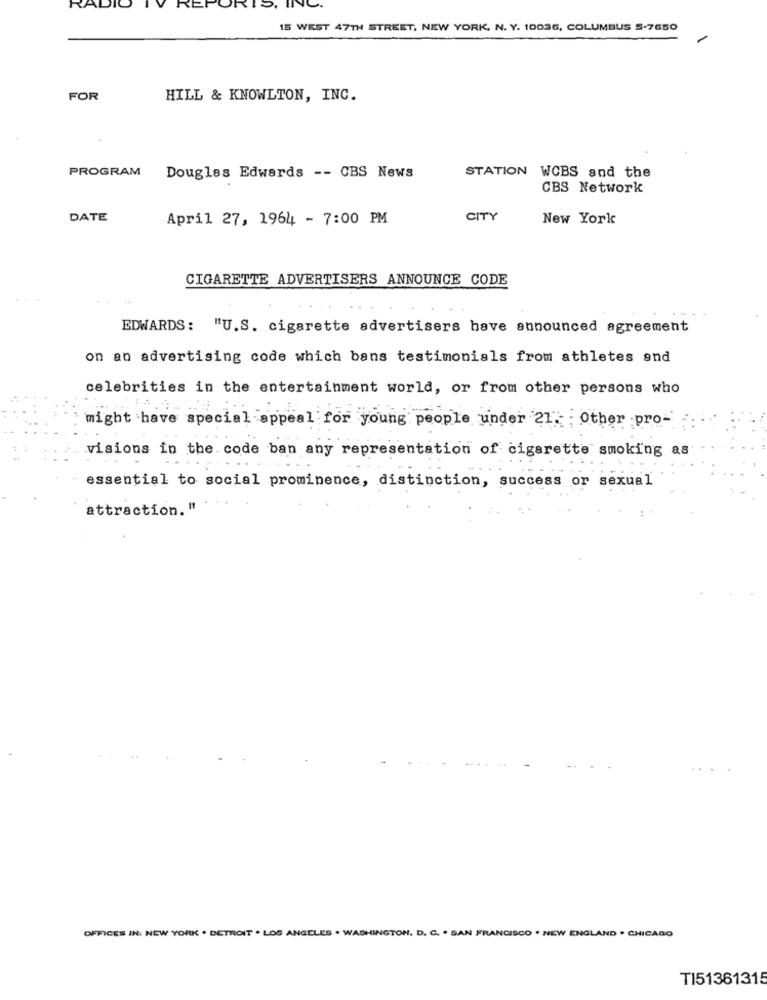
RE
RIO.
15 WEST 47TH STREET, NEW YORK, N. Y. 10036, COLUMBUS S-7650
FOR
HILL & KNOWLTON, INC.
PROGRAM
Douglas Edwards -- CBS News
STATION WCBS and the
CBS Network
DATE
April 27, 1964 - 7:00 PM
CITY
New York
CIGARETTE ADVERTISERS ANNOUNCE CODE
...
EDWARDS: "U.S. cigarette advertisers have announced agreement
on an advertising code which bans testimonials from athletes and
celebrities in the entertainment world, or from other persons who
might have special appeal for young people under 21. Other pro-
visions in the code ban any representation of cigarette smoking as
essential to social prominence, distinction, success or sexual
attraction. "
OFFICES IN: NEW YORK . DETROIT . LOS ANGELES . WASHINGTON, D. C. . SAN FRANCISCO . NEW ENGLAND . CHICAGO
TI51361315